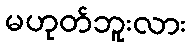
မဟုတ်ဘူးလား